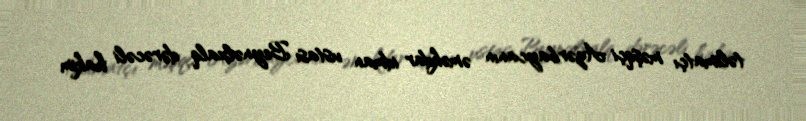
təlimatçı məşqçi Azərbaycanın əməkdar idman ustası Beynəlxalq dərəcəli hakim